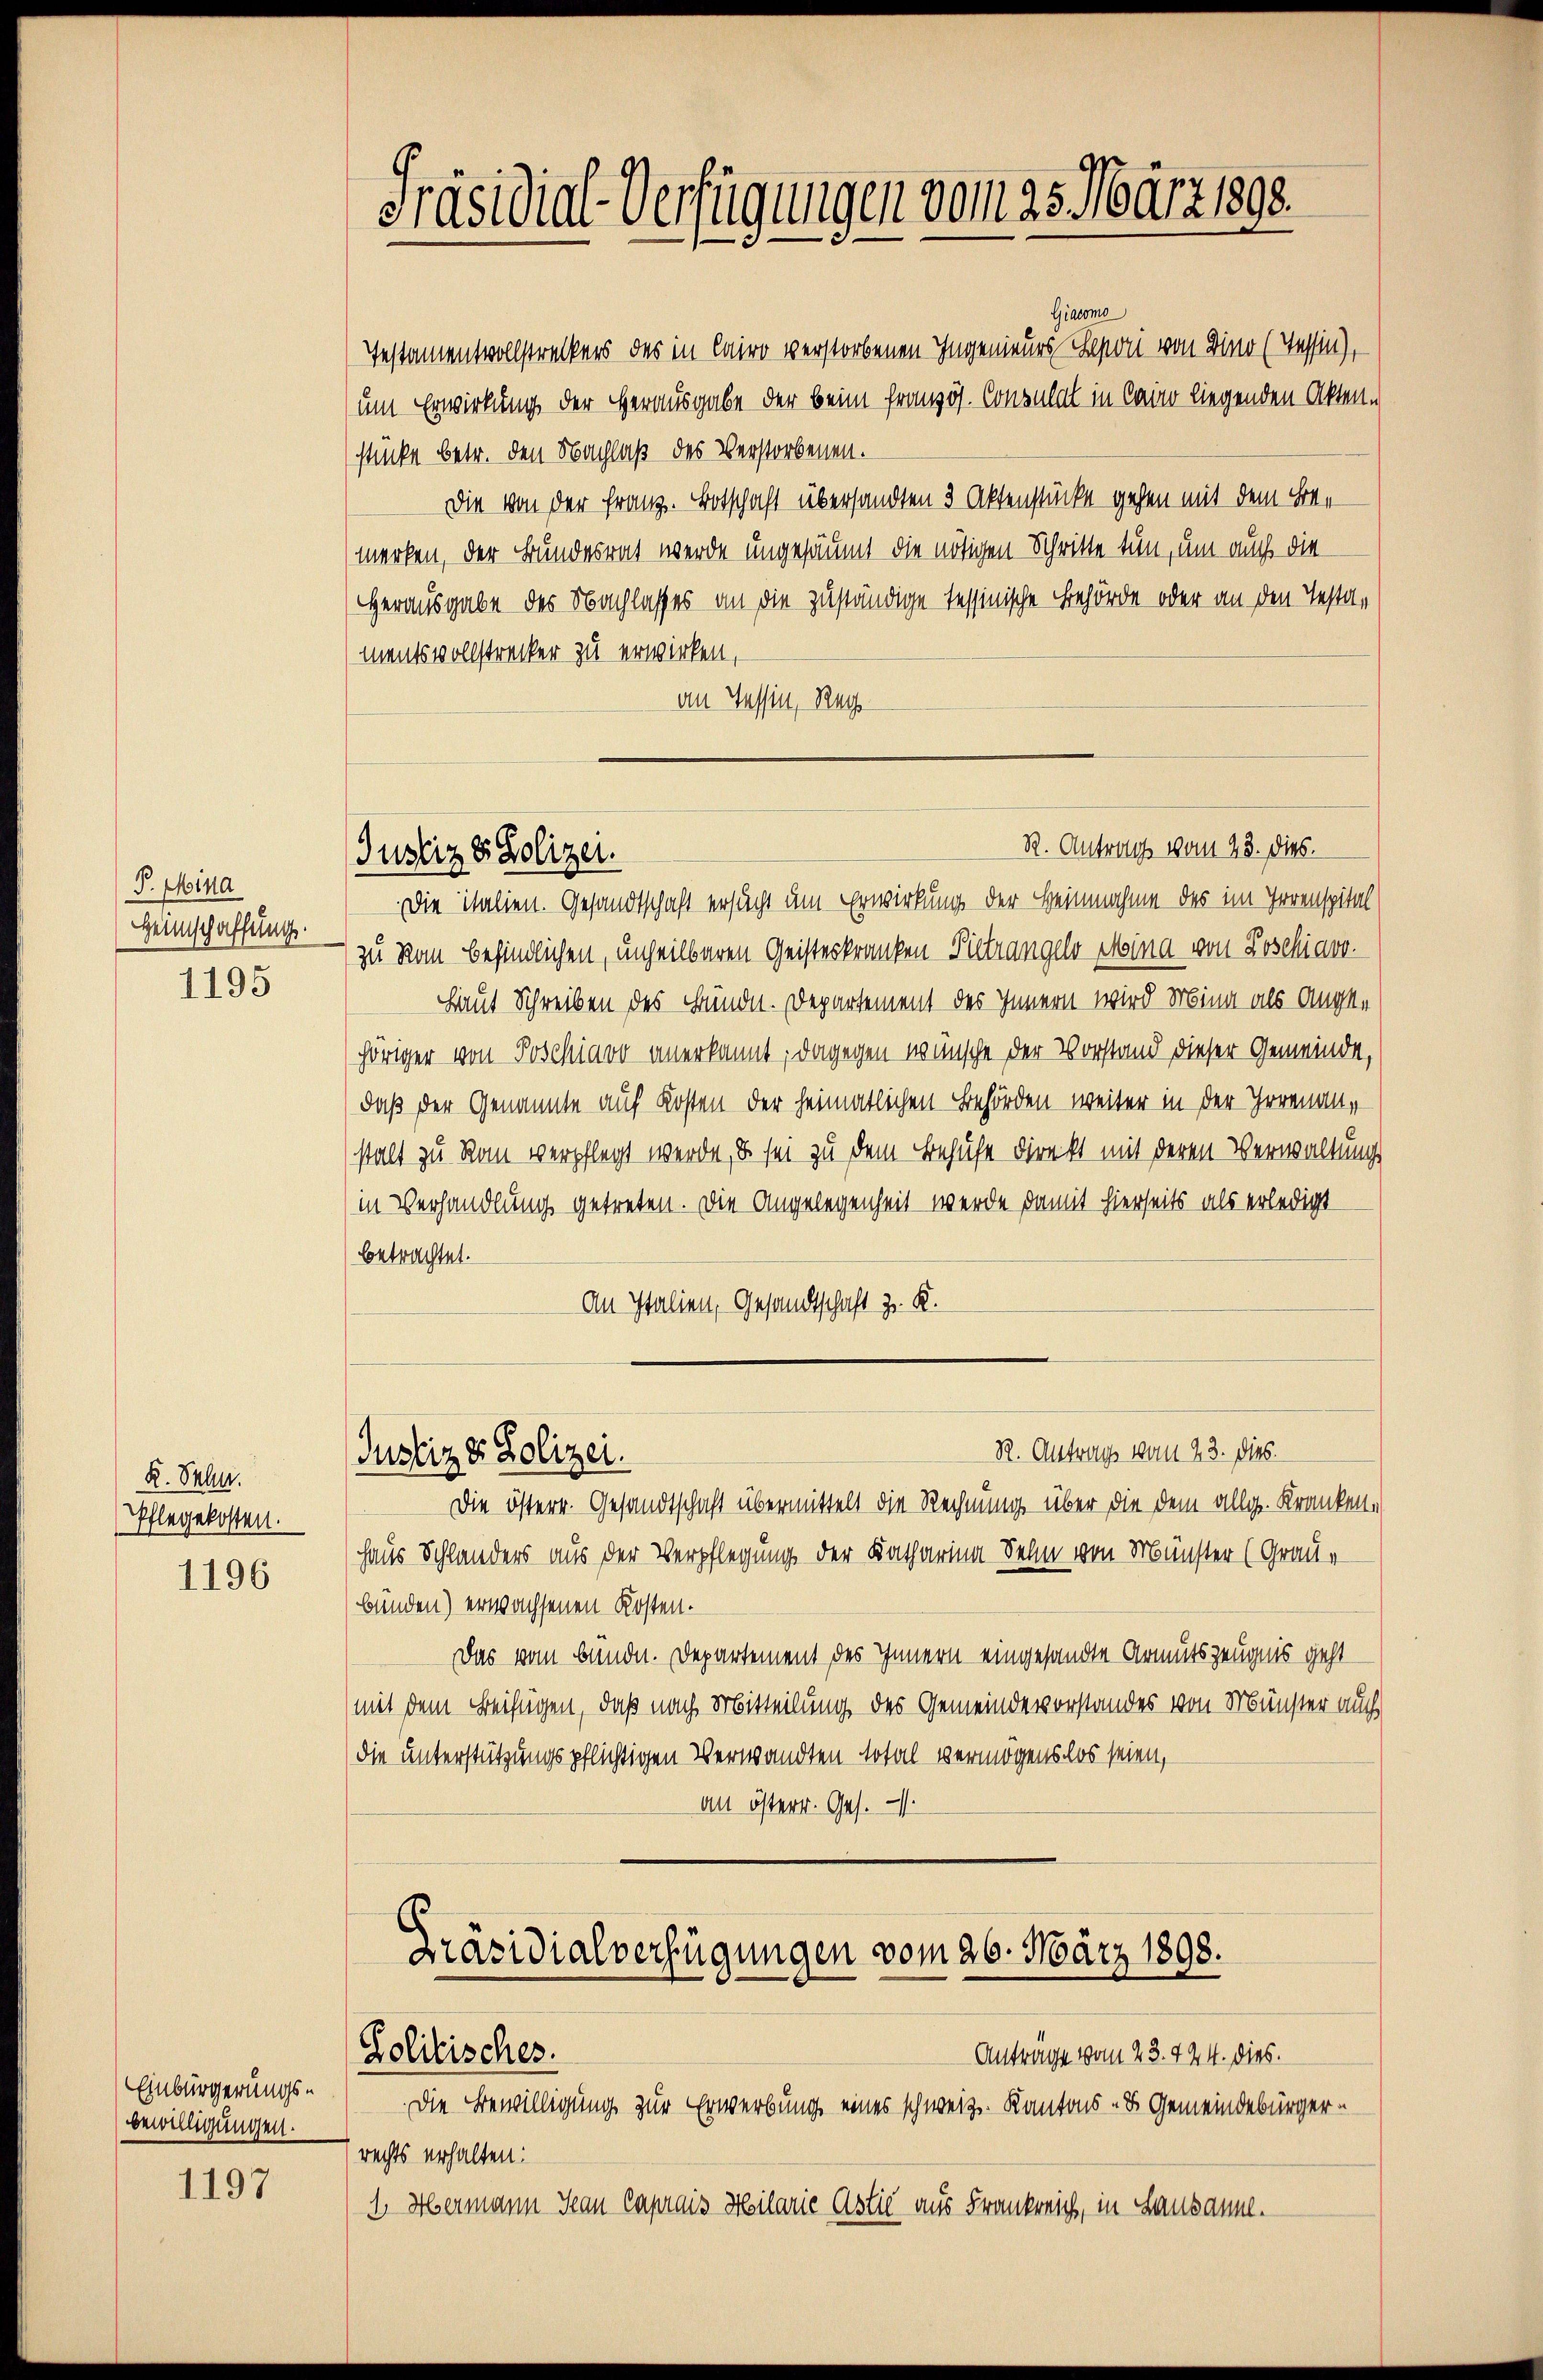
P. Mina
Heimschaffung.
1195

K. Sahn.
Pflegekosten.
1196

Einbürgerungsbewilligungen.

1197

Präsidial-Verfügungen vom 23. März 1890.

(Justiz & Polizei.

Giacomo
Testamentvollstreckers des in Cairo verstorbenen Ingenieurs Seponi von Bino (Tessin),
um Erwirkung der Herausgabe der beim Französ. Consulat in Cairo liegenden Akten-
stücke betr. den Nachlaß des Verstorbenen.
Die von der Franz. Botschaft übersandten 3 Aktenstücke gehen mit dem Bemerken, der Bundesrat werde ungesäumt die nötigen Schritte tun, um auch die
Herausgabe des Nachlasses an die zuständige Tessinische Behörde oder an den Testamentsvollstrecker zu erwirken,
an Tessin, Reg
Die Italien. Gesandtschaft ersucht um Erwirkung der Heimnahme des im Irrenspital
zu Rom befindlichen, unheilbaren Geisteskranken Pietrangels Mina von Poschiavo
Haut Schreiben des Bunde. Departement des Innern wird Mina als Angehöriger von Poschiavo anerkannt; dagegen wünsche der Vorstand dieser Gemeinde,
daß der Genannte auf Kosten der heimatlichen Behörden weiter in der Irrenanstalt zu Rau verpflegt werde, u. sei zu dem Behufe direkt mit deren Verwaltung
in Verhandlung getreten. Die Angelegenheit werde damit hierseits als erledigt
betrachtet.
An Italien, Gesandtschaft z. K.
R. Antrags von 23. dies
Justiz & Polizei.
Die österr. Gesandtschaft übermittelt die Rechnung über die dem allg. Kranken,
Haus Schlanders aus der Verpflegung der Katharina Sehn von Münster (Graue
bünden) erwachsenen Kosten.
Das vom Bunde. Departement des Innern eingesandte Armutszeugnis geht
(mit dem Beifügen, daß nach Mitteilung des Gemeindevorstandes von Münster auch
die unterstützungspflichtigen Verwandten total vermögenslos seien,
an österr. Ges.

R. Antrag vom 28. dies.

Präsidialverfügungen vom 26. März 1898.
Anträge vom 23. 424. dies.
Zolitisches.

Die Bewilligung zur Erwerbung eines schweiz. Kantons - B. Gemeindebürgerrechts erhalten:
1. Hermann Jean Caprais Hilarie Astić aus Frankreich, in Lausanne.